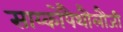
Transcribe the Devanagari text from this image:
साय्कोपैथौलौजी